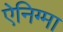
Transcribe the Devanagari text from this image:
ऐनिग्मा